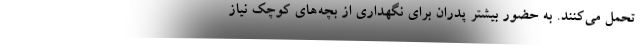
تحمل می‌کنند. به حضور بیشتر پدران برای نگهداری از بچه‌های کوچک نیاز